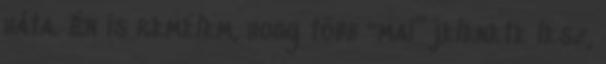
háta. Én is remélem, hogy több “mai” jelenete lesz,